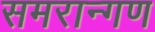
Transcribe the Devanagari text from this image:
समरान्गण